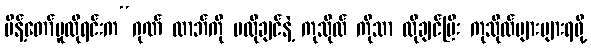
မိန့်တော်မူလိုရင်းက“ဂုဏ် လာဘ်ကို မလိုချင်နဲ့ ကုသိုလ် ကိုသာ လိုချင်ပြီး ကုသိုလ်များများရဖို့